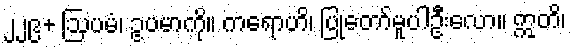
၂၂၉+ ဩပမံ၊ ဥပမာကို။ ကရောဟိ၊ ပြုတော်မူပါဦးလော။ ဣတိ၊